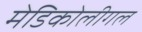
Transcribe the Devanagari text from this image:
मेडिकोलीगल